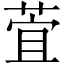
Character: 萓